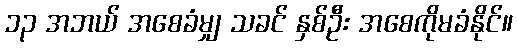
၁၃ အဘယ် အစေခံမျှ သခင် နှစ်ဦး အစေကိုမခံနိုင်။